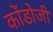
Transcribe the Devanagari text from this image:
कोंडोजी